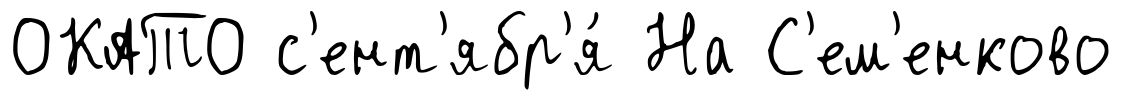
ОКАТО с'ент'ябр'я́ На С'ем'енково